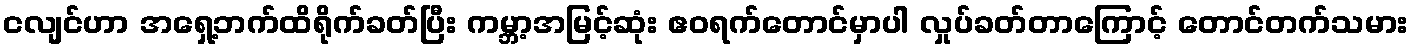
ငလျင်ဟာ အရှေ့ဘက်ထိရိုက်ခတ်ပြီး ကမ္ဘာ့အမြင့်ဆုံး ဧဝရက်တောင်မှာပါ လှုပ်ခတ်တာကြောင့် တောင်တက်သမား